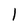
Character: 1